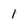
Character: 1